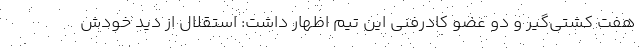
هفت کشتی‌گیر و دو عضو کادرفنی این تیم اظهار داشت: استقلال از دید خودش